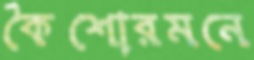
কৈশোরমনে